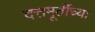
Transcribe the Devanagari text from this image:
दत्तमूर्तीच्या